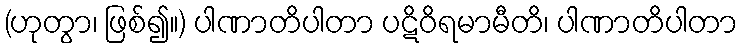
(ဟုတွာ၊ ဖြစ်၍။) ပါဏာတိပါတာ ပဋိဝိရမာမီတိ၊ ပါဏာတိပါတာ